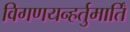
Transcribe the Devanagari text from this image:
विगणयन्हर्तुमार्तिं